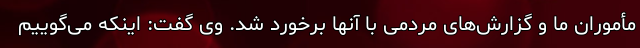
مأموران ما و گزارش‌های مردمی با آنها برخورد شد. وی گفت: اینکه می‌گوییم